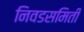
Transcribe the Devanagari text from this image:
निवडसमिती